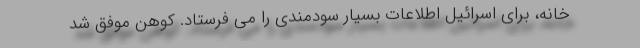
خانه، برای اسرائیل اطلاعات بسیار سودمندی را می فرستاد. کوهن موفق شد